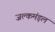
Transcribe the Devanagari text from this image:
जल्कमंड़ल